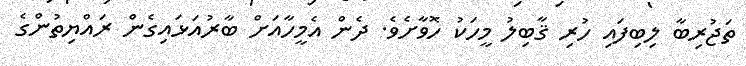
ތަޖުރިބާ ލިބިފައި ހުރި ޤާބިލު މީހަކު ހޮވާށެވެ. ދެން އެމީހާއަށް ބާރުއަޅައިގެން ރައްޔިތުންގެ